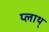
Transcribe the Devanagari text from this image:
प्लाथ्